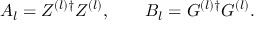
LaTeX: A _ { l } = Z ^ { ( l ) \dag } Z ^ { ( l ) } , \qquad B _ { l } = G ^ { ( l ) \dag } G ^ { ( l ) } .